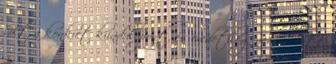
volt a konkrét kiindulópont, és eredetileg nem is lett